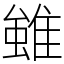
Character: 𨿽